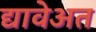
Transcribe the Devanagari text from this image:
द्यावेअत